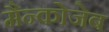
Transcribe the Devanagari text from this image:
मैन्कोजेब